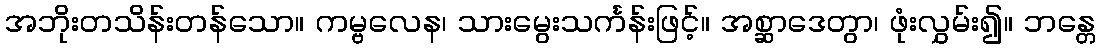
အဘိုးတသိန်းတန်သော။ ကမ္ဗလေန၊ သားမွေးသင်္ကန်းဖြင့်။ အစ္ဆာဒေတွာ၊ ဖုံးလွှမ်း၍။ ဘန္တေ